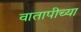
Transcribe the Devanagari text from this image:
वातापीच्या